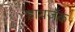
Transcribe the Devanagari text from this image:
हायजॅक